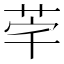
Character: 𮎸